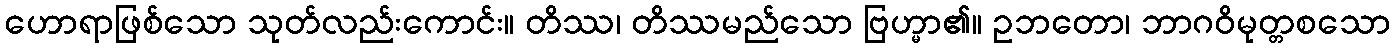
ဟောရာဖြစ်သော သုတ်လည်းကောင်း။ တိဿ၊ တိဿမည်သော ဗြဟ္မာ၏။ ဥဘတော၊ ဘာဂဝိမုတ္တစသော